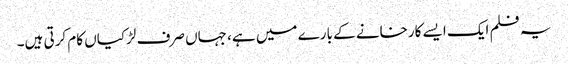
یہ فلم ایک ایسے کارخانے کے بارے میں ہے، جہاں صرف لڑکیاں کام کرتی ہیں۔